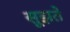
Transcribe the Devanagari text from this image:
सूझते